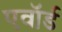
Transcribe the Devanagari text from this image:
एवॉर्ड